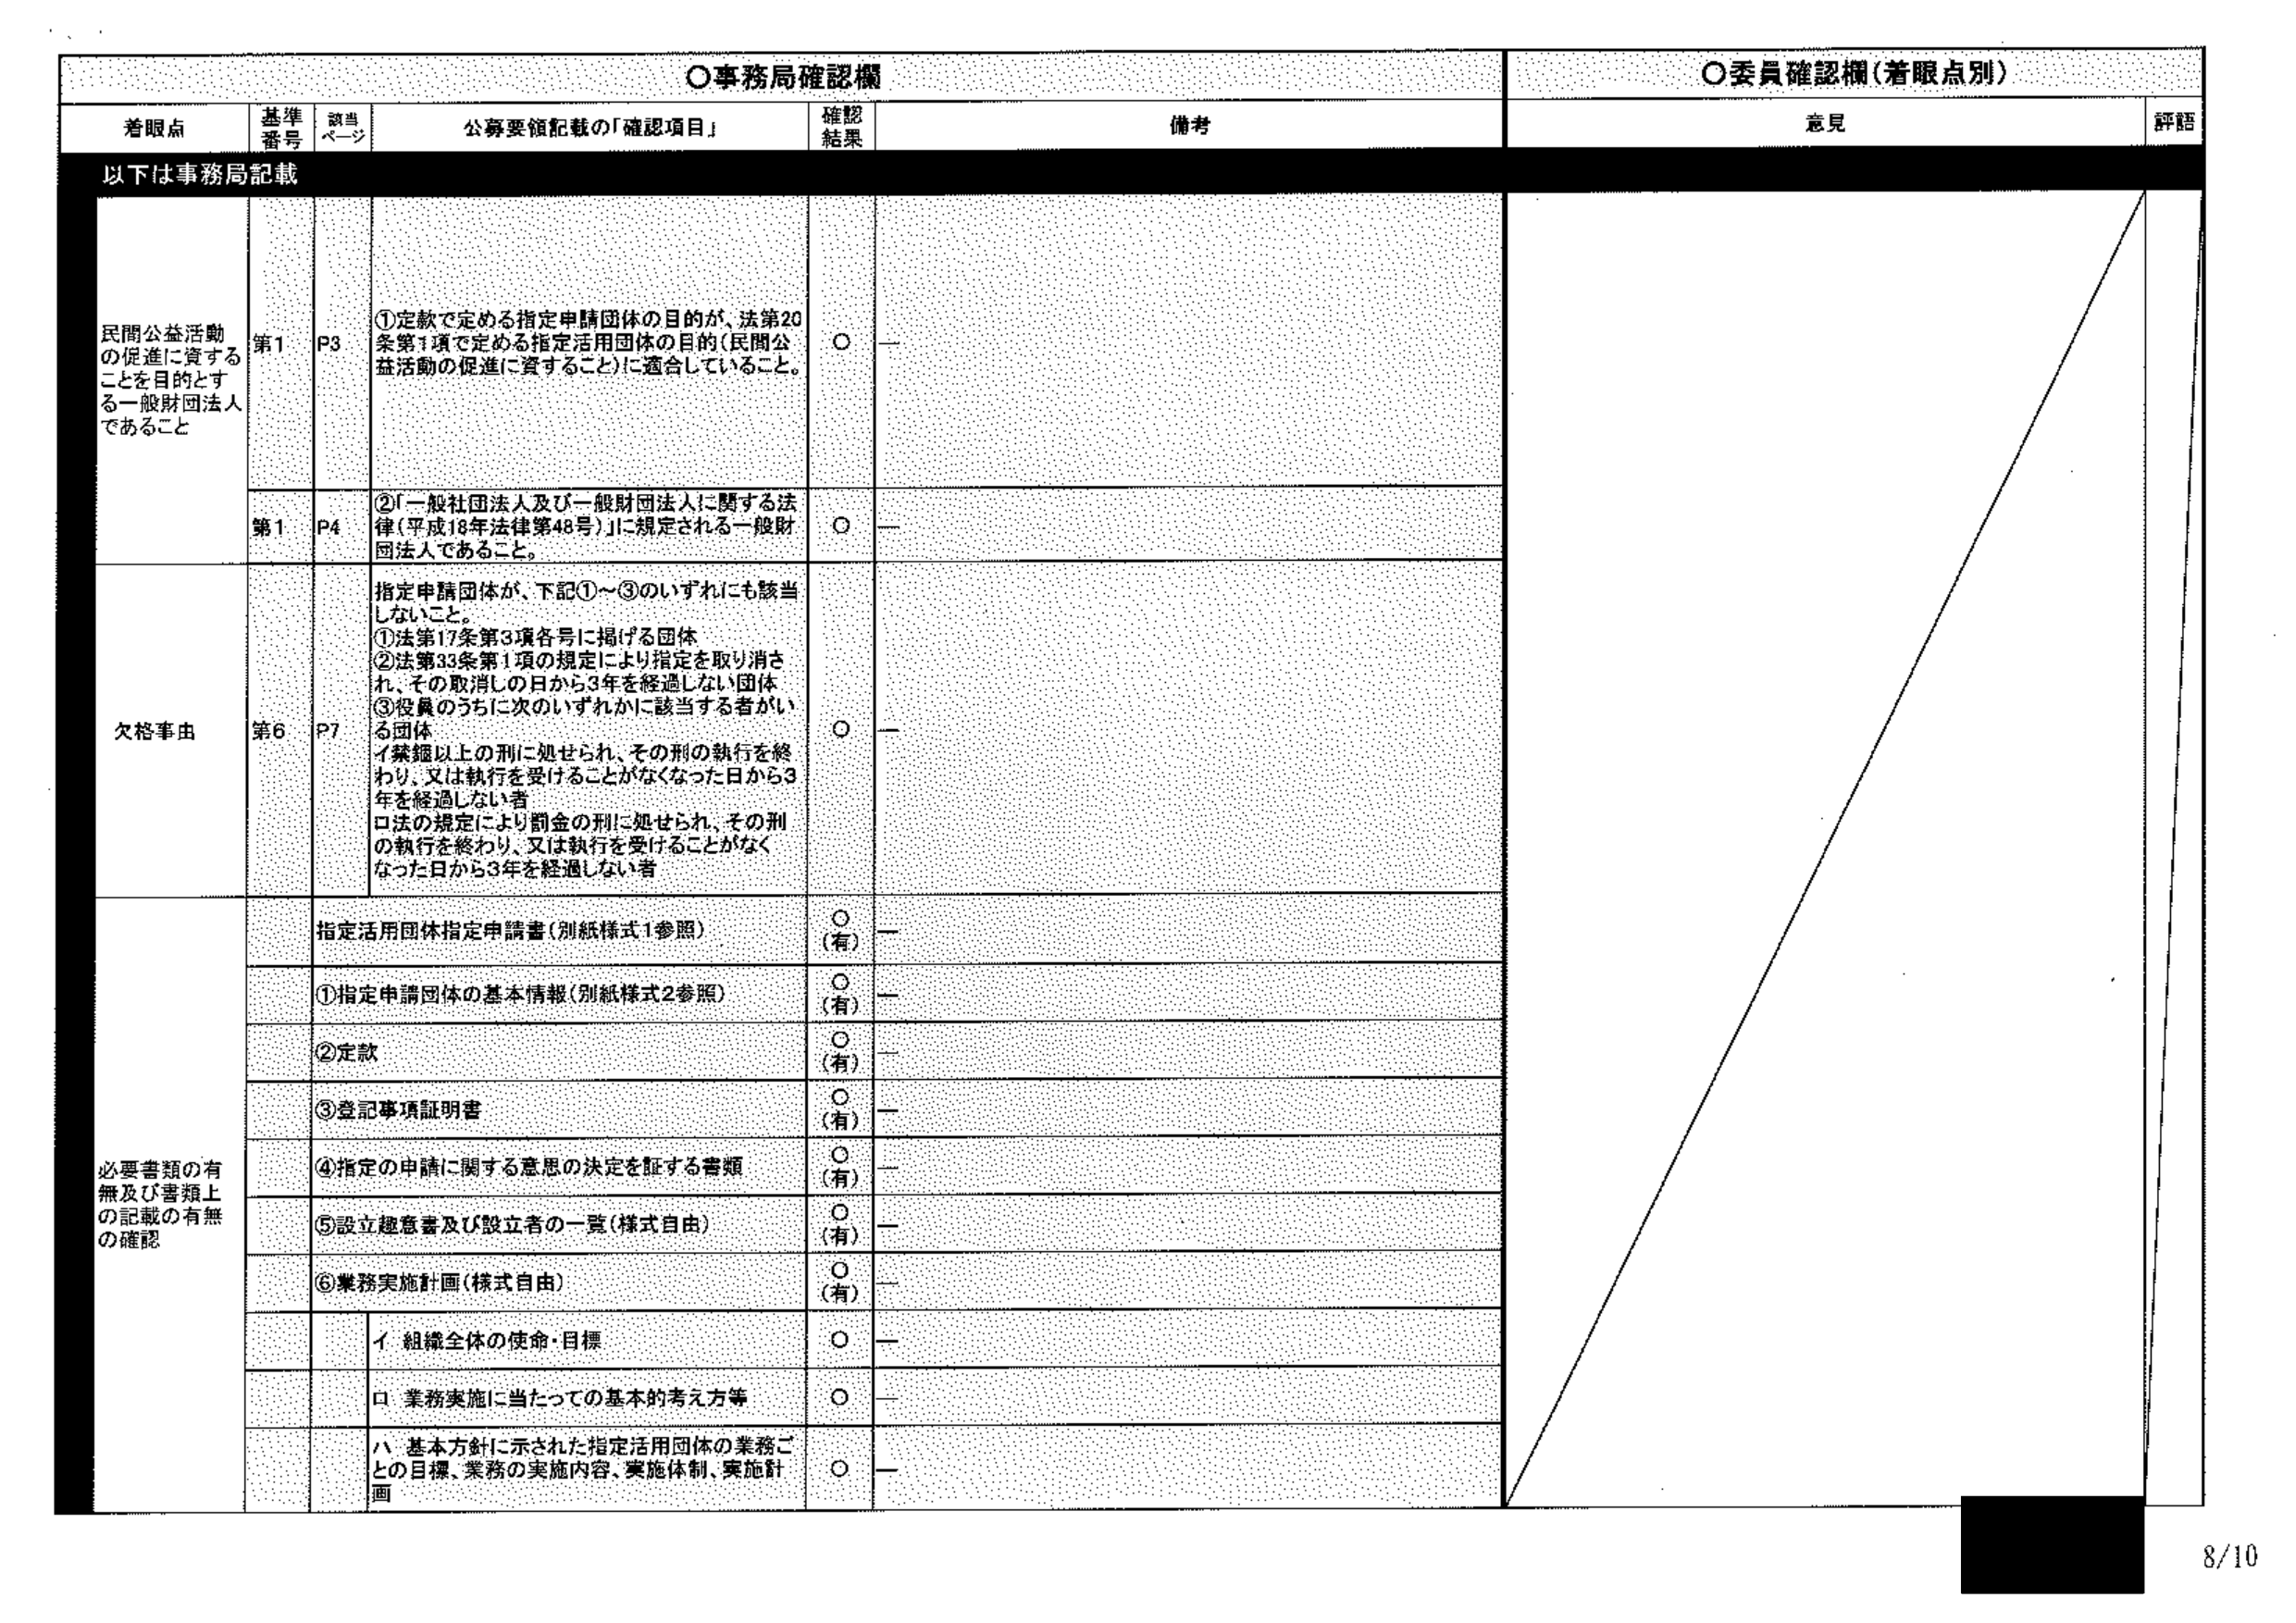
〇事務局確認欄
〇委員確認欄（着眼点別）

着眼点　　基準番号　　該当ページ　　公募要領記載の「確認項目」　　確認結果　　備考
意見　　評語

以下は事務局記載

民間公益活動
の促進に資する
ことを目的とす
る一般財団法人
であること
第1　　P3　　①定款で定める指定申請団体の目的が、法第20条第1項で定める指定活用団体の目的（民間公益活動の促進に資すること）に適合していること。　　○　　—

第1　　P4　　②「一般社団法人及び一般財団法人に関する法律（平成18年法律第48号）」に規定される一般財団法人であること。　　○　　—

欠格事由
第6　　P7　　指定申請団体が、下記①～③のいずれにも該当しないこと。
①法第17条第3項各号に掲げる団体
②法第33条第1項の規定により指定を取り消され、その取消しの日から3年を経過しない団体
③役員のうちに次のいずれかに該当する者がいる団体
　イ 禁錮以上の刑に処せられ、その刑の執行を終わり、又は執行を受けることがなくなった日から3年を経過しない者
　ロ 法の規定により罰金の刑に処せられ、その刑の執行を終わり、又は執行を受けることがなくなった日から3年を経過しない者
　　○　　—

必要書類の有無及び書類上の記載の有無の確認
指定活用団体指定申請書（別紙様式1参照）　　○（有）　　—
①指定申請団体の基本情報（別紙様式2参照）　　○（有）　　—
②定款　　○（有）　　—
③登記事項証明書　　○（有）　　—
④指定の申請に関する意思の決定を証する書類　　○（有）　　—
⑤設立趣意書及び設立者の一覧（様式自由）　　○（有）　　—
⑥業務実施計画（様式自由）　　○（有）　　—
　　イ 組織全体の使命・目標　　○　　—
　　ロ 業務実施に当たっての基本的考え方等　　○　　—
　　ハ 基本方針に示された指定活用団体の業務ごとの目標、業務の実施内容、実施体制、実施計画　　○　　—

8/10